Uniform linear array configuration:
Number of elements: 16
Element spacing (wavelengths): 0.75
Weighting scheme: cosine
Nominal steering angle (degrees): -45
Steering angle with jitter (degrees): -43.552
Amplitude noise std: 0.05
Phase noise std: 0.05

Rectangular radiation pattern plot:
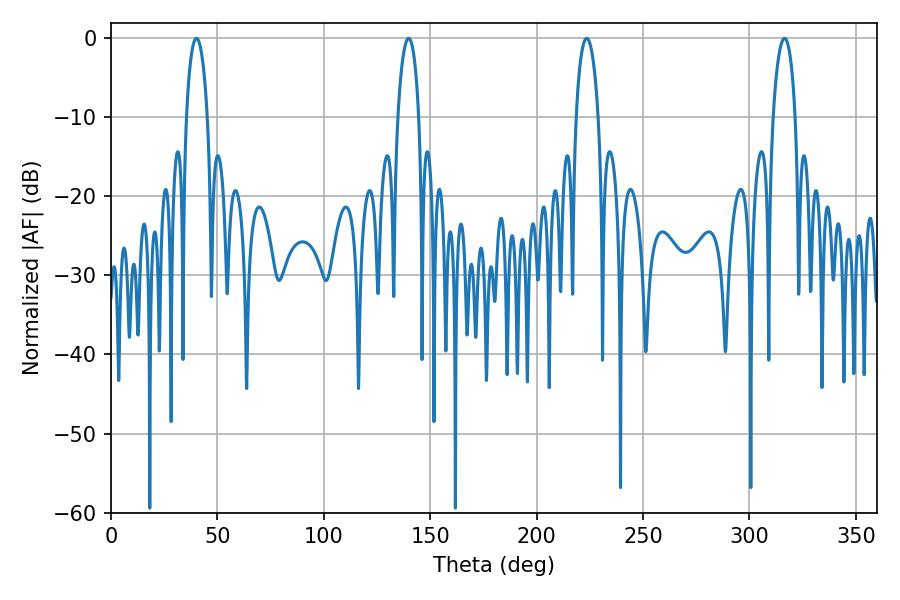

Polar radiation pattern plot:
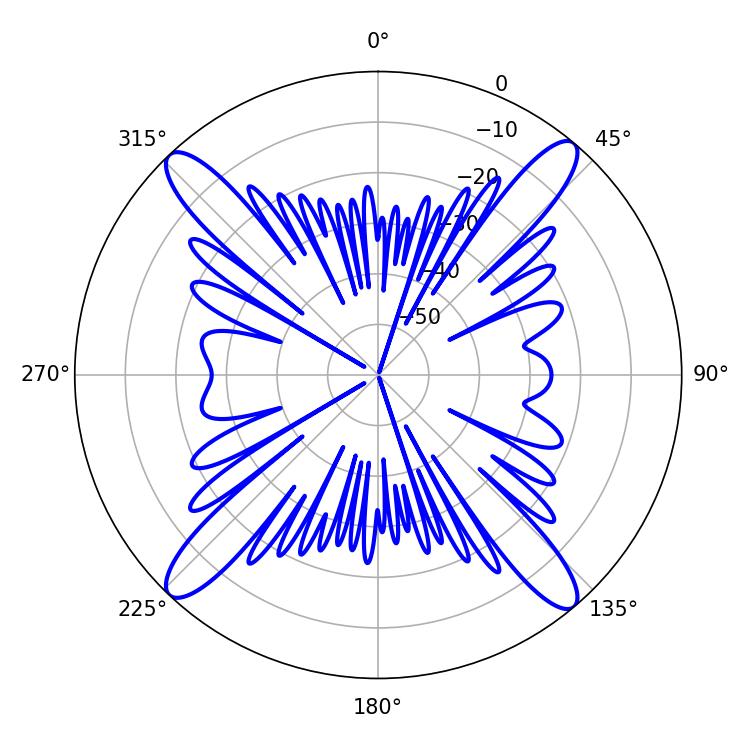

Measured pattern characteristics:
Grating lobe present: TRUE
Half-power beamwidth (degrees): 5.58
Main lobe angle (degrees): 40.14